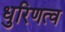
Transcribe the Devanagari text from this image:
धुरिणत्व